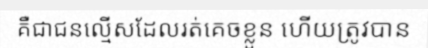
គឺជាជនល្មើសដែលរត់គេចខ្លួន ហើយត្រូវបាន